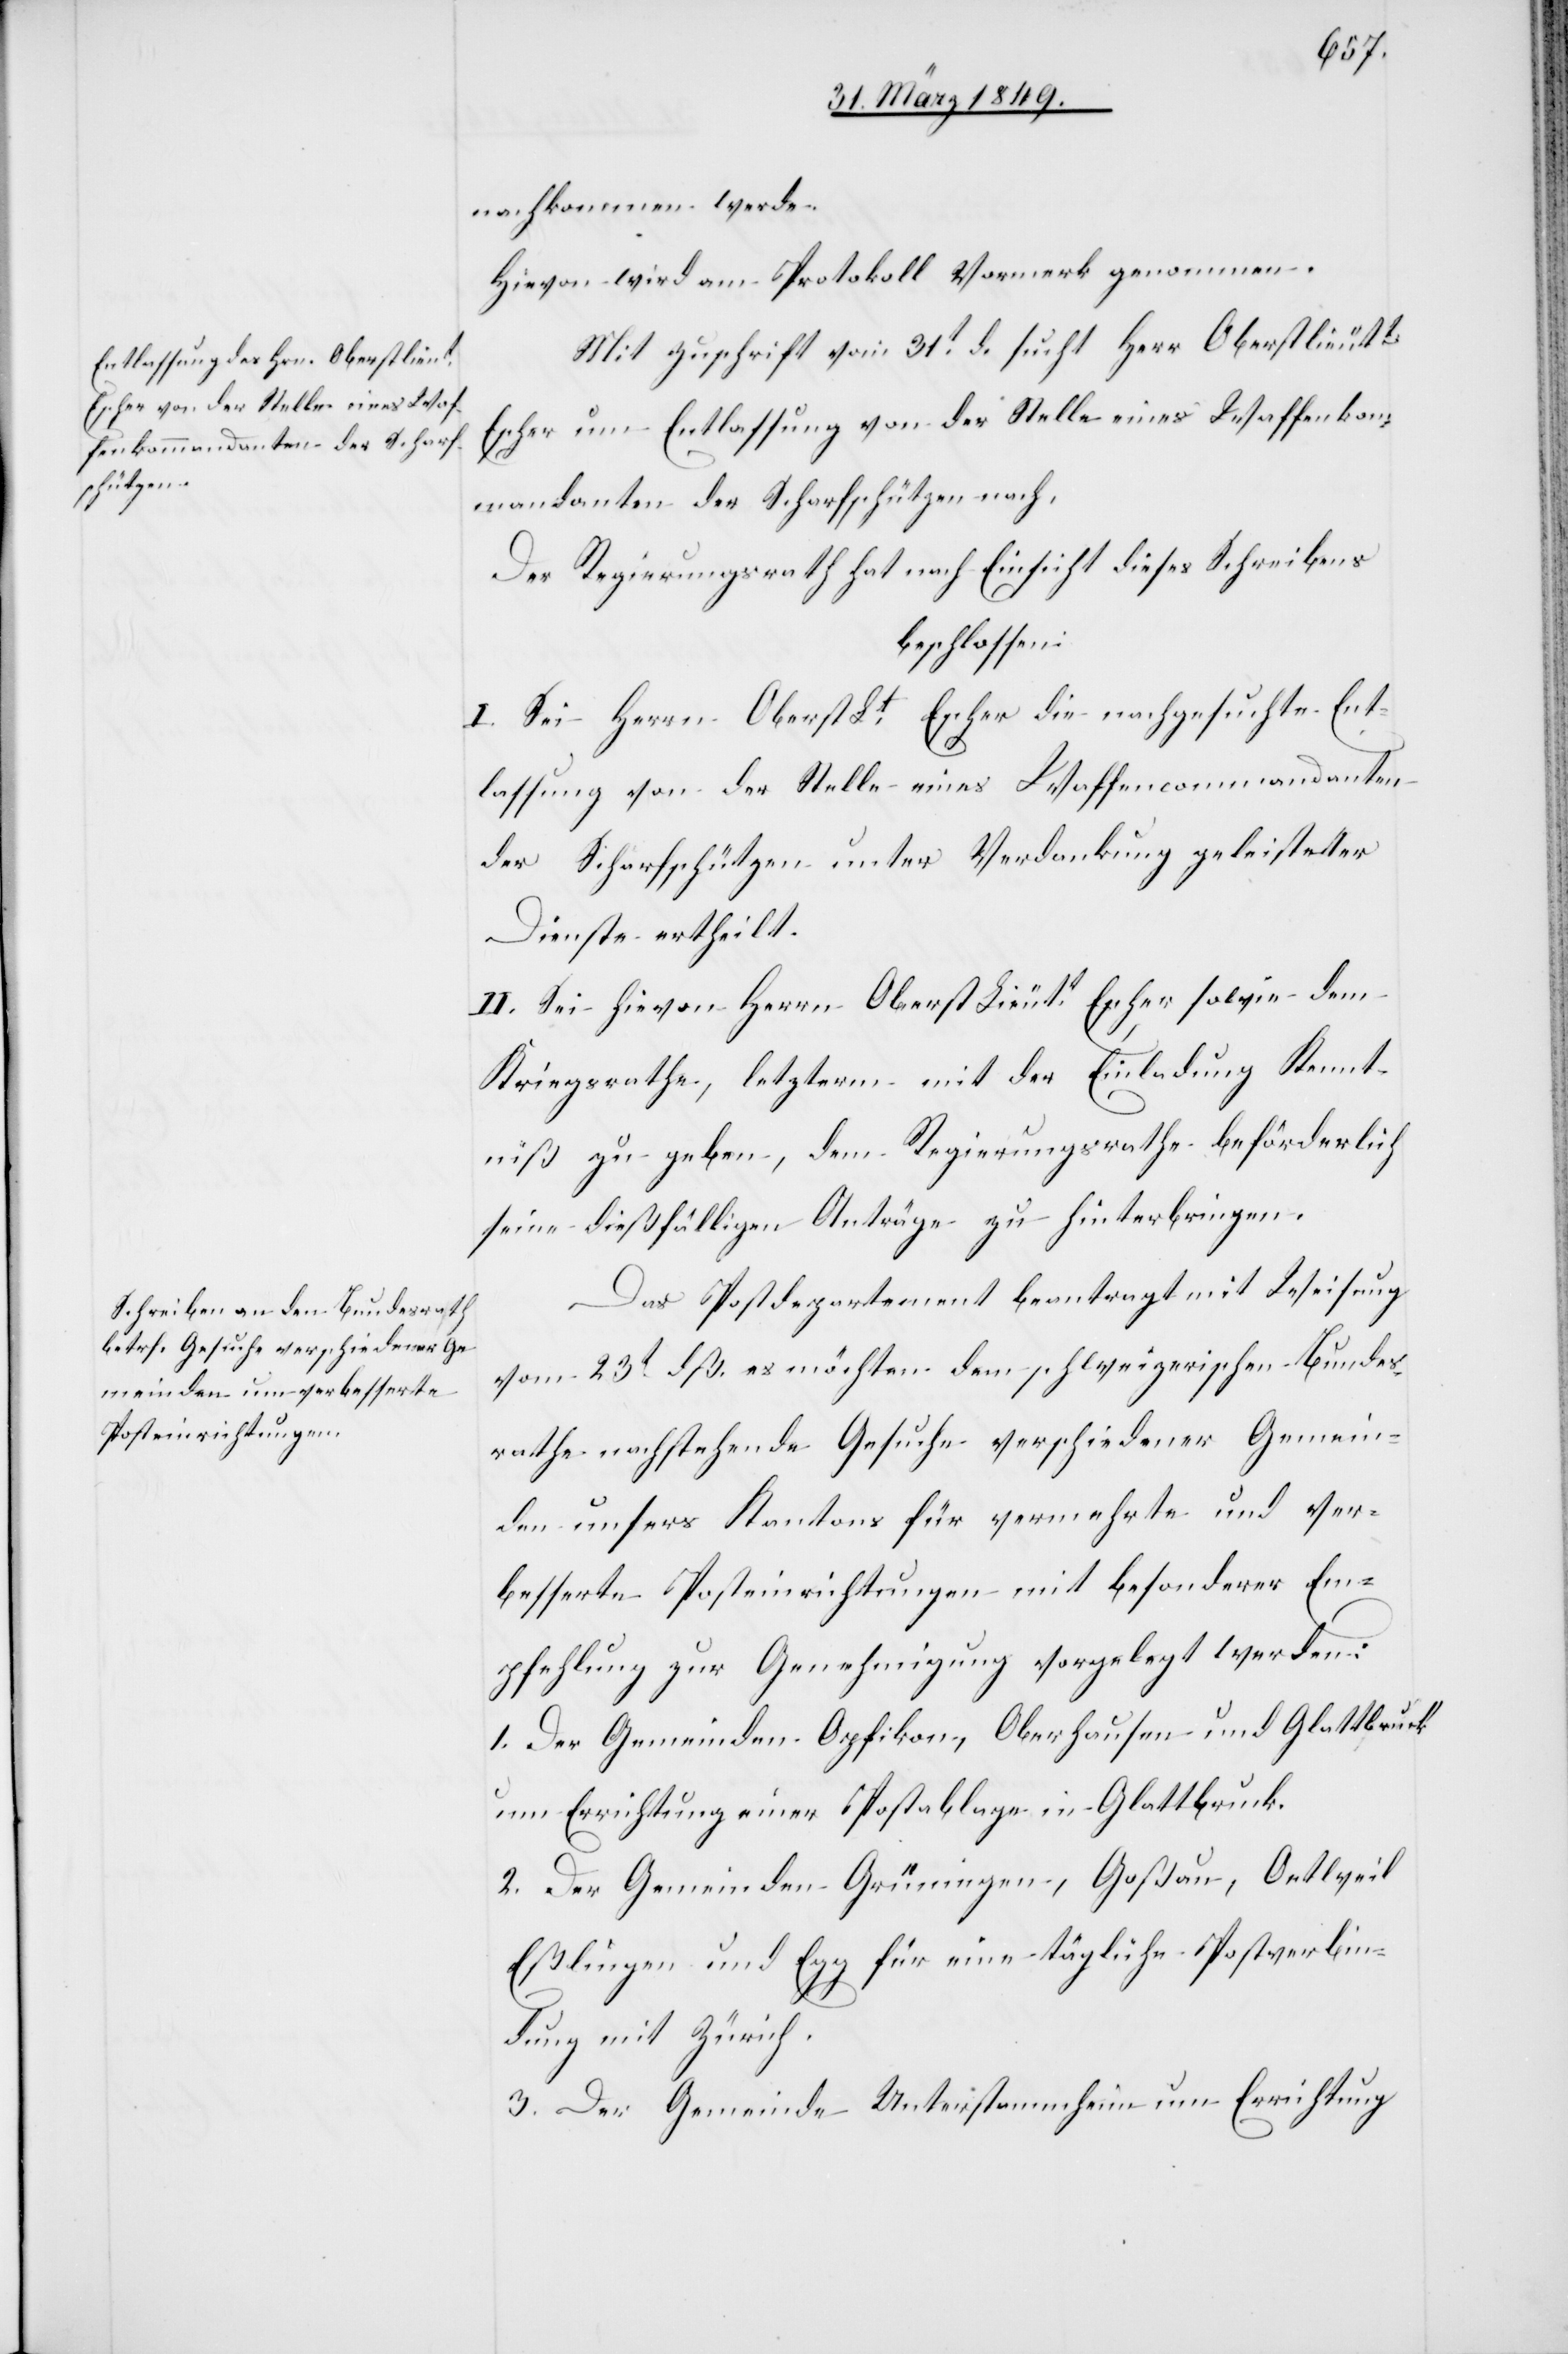
nachkommen werde.
Hievon wird am Protokoll Vormerk genommen.
Mit Zuschrift vom 31t. d. sucht Herr Oberstlieutt.
Escher um Entlassung von der Stelle eines Waffenkom¬
mandanten der Scharfschützen nach,
Der Regierungsrath hat nach Einsicht dieses Schreibens
beschlossen:
I. Sei Herrn Oberst Lt. Escher die nachgesuchte Ent¬
lassung von der Stelle eines Waffencommandanten
der Scharfschützen unter Verdankung geleisteter
Dienste ertheilt.
II. Sei hievon Herrn Oberst Lieutt. Escher sowie dem
Kriegsrathe, letzterm mit der Einladung Kennt¬
niß zu geben, dem Regierungsrathe beförderlich
seine dießfälligen Anträge zu hinterbringen.
Das Postdepartement beantragt mit Weisung
vom 23t. dß. es möchten dem schweizerischen Bundes¬
rathe nachstehende Gesuche verschiedener Gemein¬
den unsers Kantons für vermehrte und ver¬
besserte Posteinrichtungen mit besonderer Em¬
pfehlung zur Genehmigung vorgelegt werden:
1. Der Gemeinden Opfikon, Oberhausen und Glattbruck
um Errichtung einer Postablage in Glattbruck.
2. Der Gemeinden Grüningen, Goßau, Oetweil[,]
Eßlingen und Egg für eine tägliche Postverbin¬
dung mit Zürich.
3. Der Gemeinde Unterstammheim um Errichtung